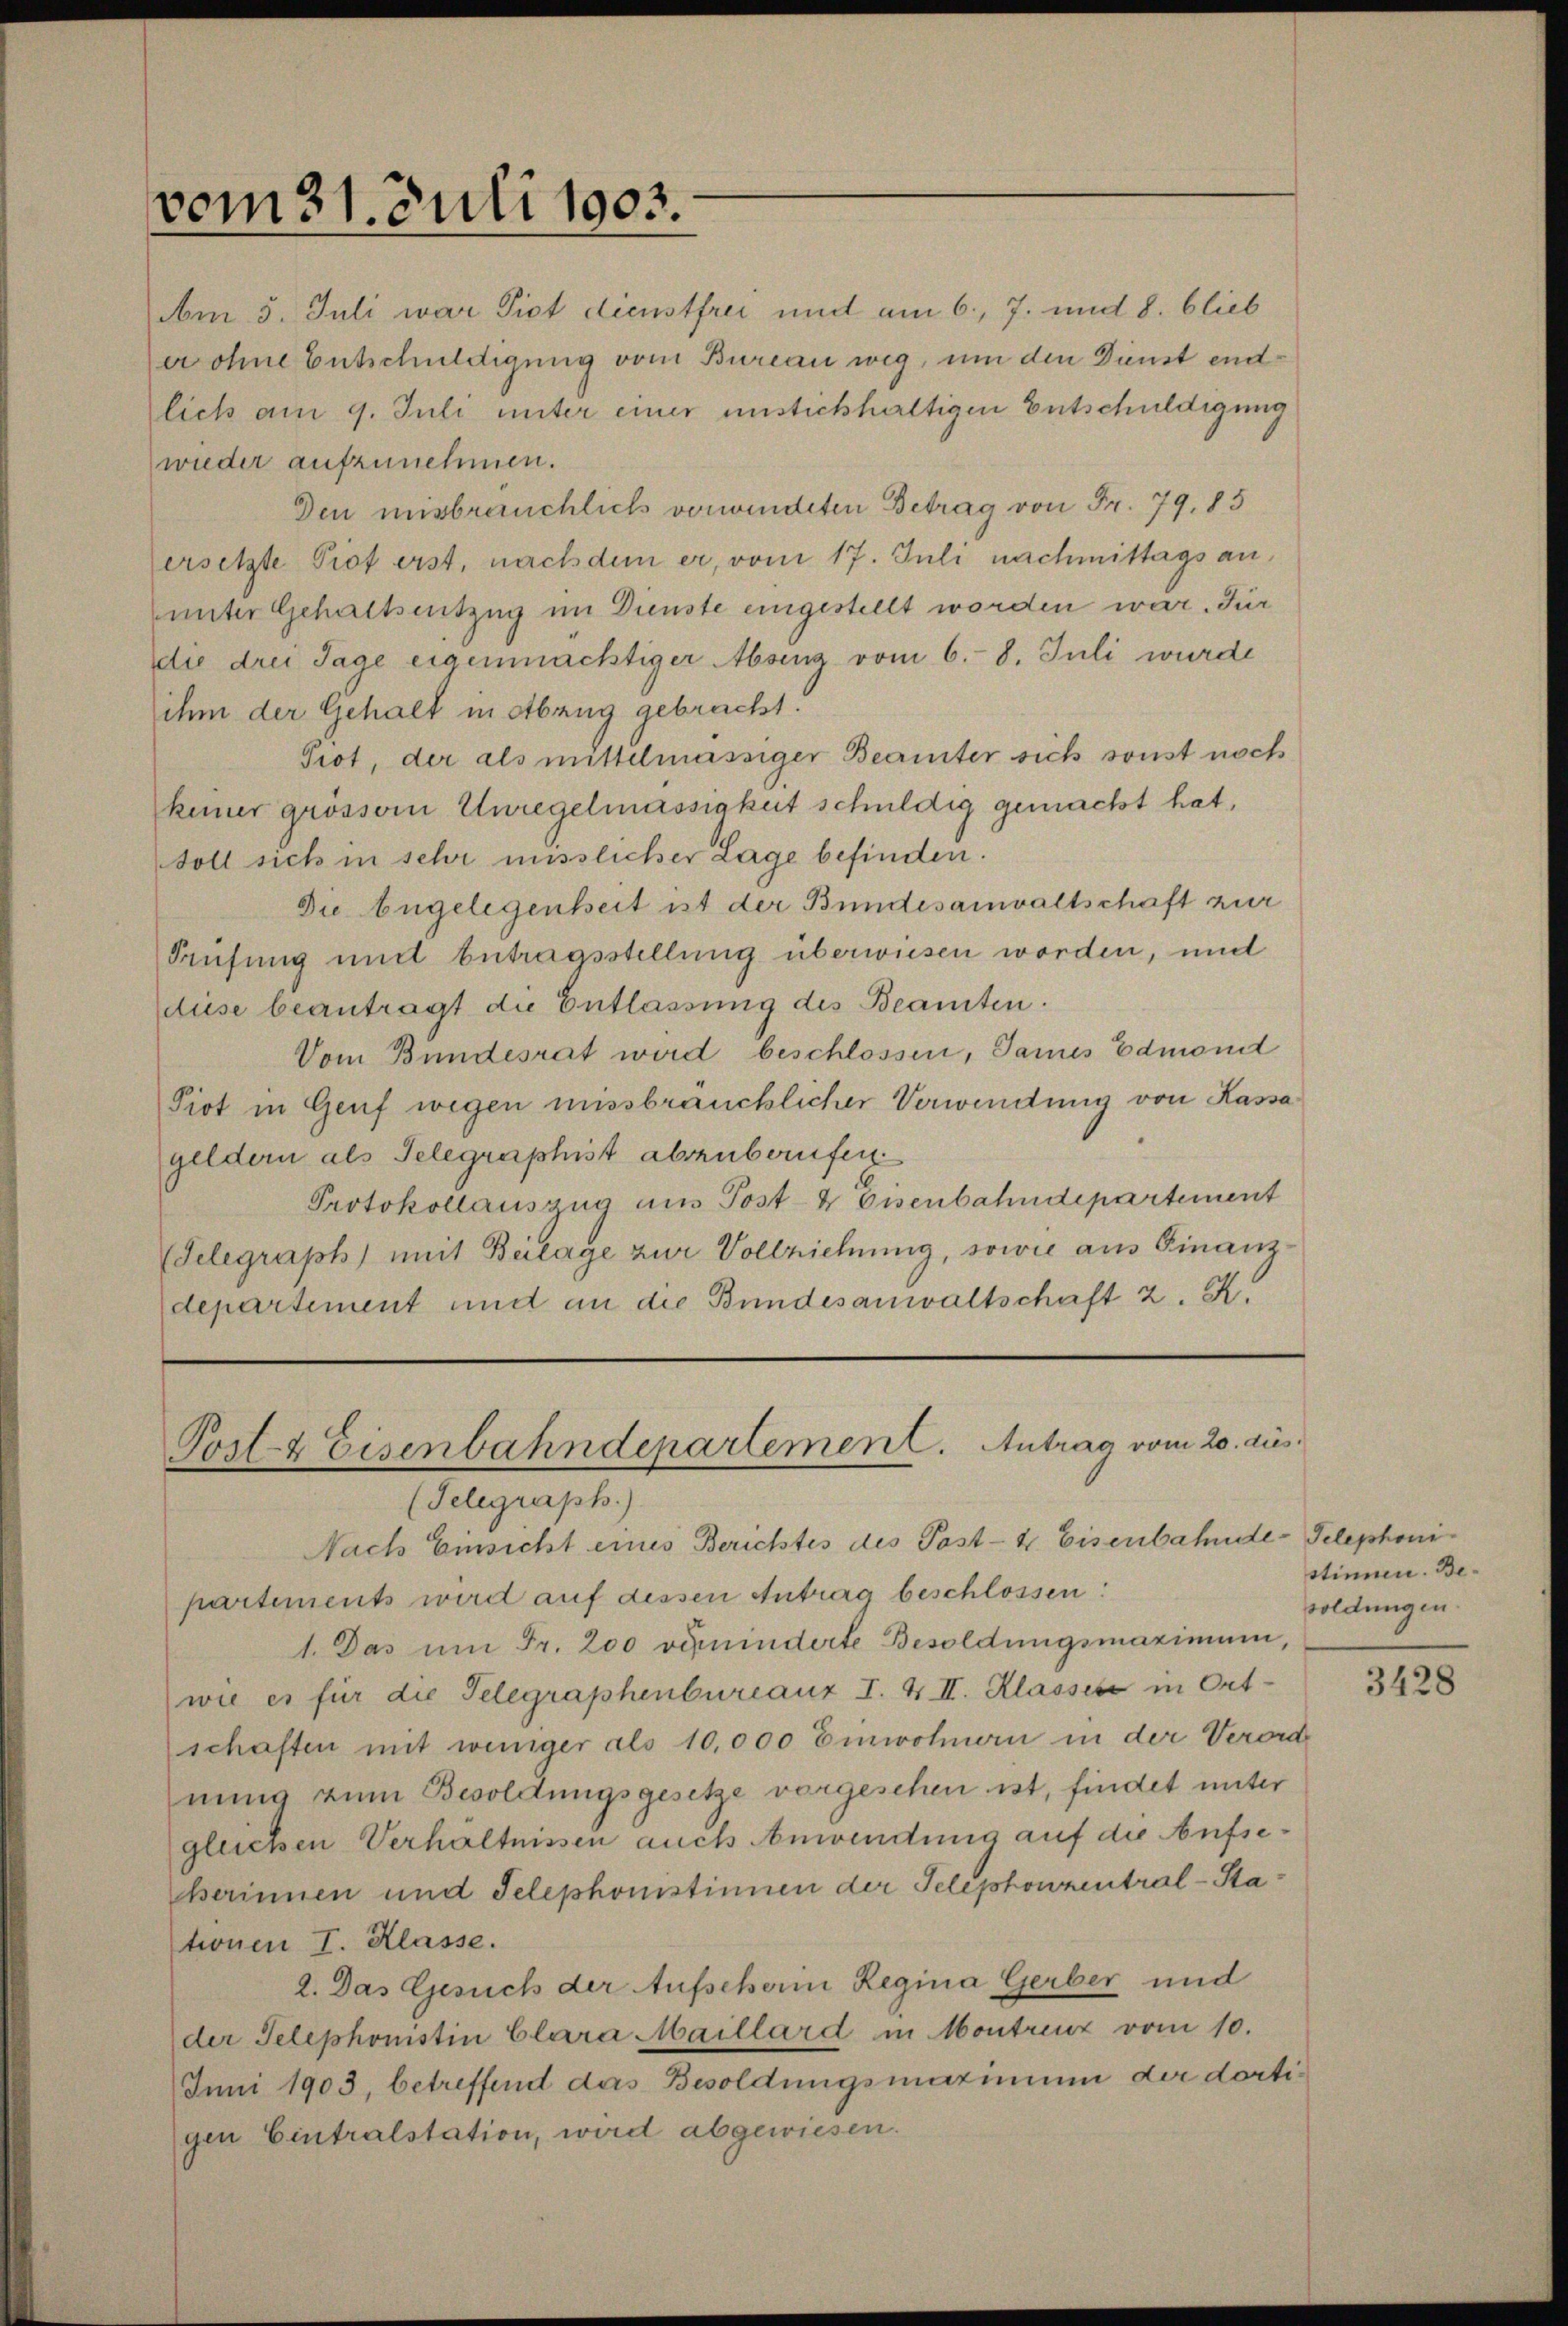
vom 31. Juli 1903.

Post- & Eisenbahndepartement. Antrag vom 20. dies
(Telegraph.)
Nach Einsicht eines Berichtes des Post- & Eisenbahnde-Telephoni

Am 5. Juli war Sist dienstfrei und am 6., 7. und 8. blieb
wohne Entschuldigung vom Bureau weg, um den Dienst endlich am 9. Juli unter einer unstichhaltigen Entschuldigung
wieder aufzunehmen.
Den misbräuchlich verwindeten Betrag von Fr. 79. 85
ersetzte Piot erst, nach dem er, vom 17. Juli nachmittags an,
unter Gehaltsentzug im Dienste eingestellt worden war. Für
die drei Tage eigenmächtiger Absenz vom 6. 8. Juli wurde
ihm der Gehalt in Abzug gebracht.
Prot, der als mittelmässiger Beamter sich sonst noch
keiner grösser Unregelmässigkeit schuldig gemacht hat,
Soll sich in sehr misslicher Lage befinden.
Die Angelegenheit ist der Bundesanwaltschaft zur
Prüfung und betragsstellung überwiesen worden, und
diese beantragt die Entlassung des Beamten.
Vom Bundesrat wird beschlossen, Sames Edmond
Piot in Genf wegen missbräuchlicher Verwendung von Kassageldern als Telegraphist abzuberufen.
Protokollauszug aus Post- & Eisenbahndepartement
(Telegraph) mit Beilage zur Vollziehung, sowie aus Finanzdepartement und an die Bundesanwaltschaft 2. K.

partements wird auf dessen Antrag beschlossen:
1. Das um Fr. 200 verminderte Besoldungsmaximum,
wie es für die Telegraphenbureaux I. & II. Klasses in Ort-
schaften mit weniger als 10,000 Einwohnern in der Verorde
nung zum Besoldungsgesetze vorgesehen ist, findet unter
gleichen Verhältnissen auch Anwendung auf die Aufseberinnen und Telephonistinnen der Telephonzentral-Stationen I. Klasse.
2. Das Gesuch der Aufscherin Regina Gerber und
der Telephonistin Clara Maillard in Montreuz vom 10.
Juni 1903, betreffend das Besoldungsmatinium der dortigen Eintralstation, wird abgewiesen.

stimmen. Besoldungen.

3428